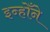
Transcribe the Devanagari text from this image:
इन्होँने